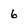
Character: 6